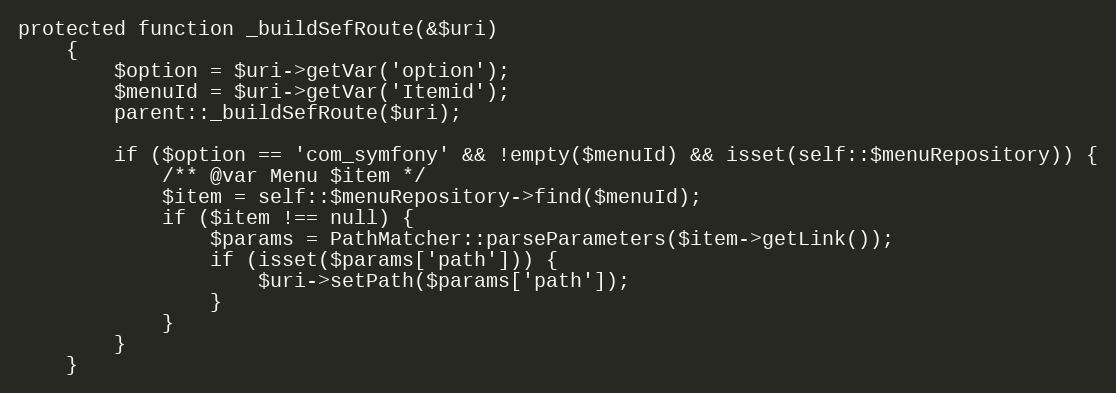
Language: PHP
protected function _buildSefRoute(&$uri)
    {
        $option = $uri->getVar('option');
        $menuId = $uri->getVar('Itemid');
        parent::_buildSefRoute($uri);

        if ($option == 'com_symfony' && !empty($menuId) && isset(self::$menuRepository)) {
            /** @var Menu $item */
            $item = self::$menuRepository->find($menuId);
            if ($item !== null) {
                $params = PathMatcher::parseParameters($item->getLink());
                if (isset($params['path'])) {
                    $uri->setPath($params['path']);
                }
            }
        }
    }